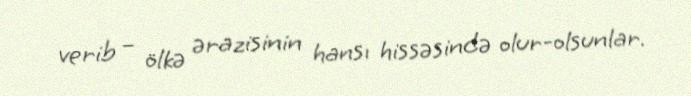
verib – ölkə ərazisinin hansı hissəsində olur-olsunlar.